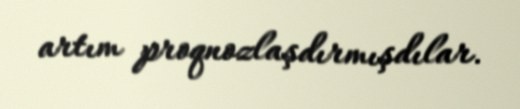
artım proqnozlaşdırmışdılar.